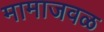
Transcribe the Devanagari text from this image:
मामाजवळ